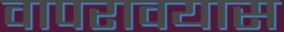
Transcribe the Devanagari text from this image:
वापरावयास